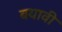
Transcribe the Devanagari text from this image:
बयावी